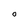
Character: O